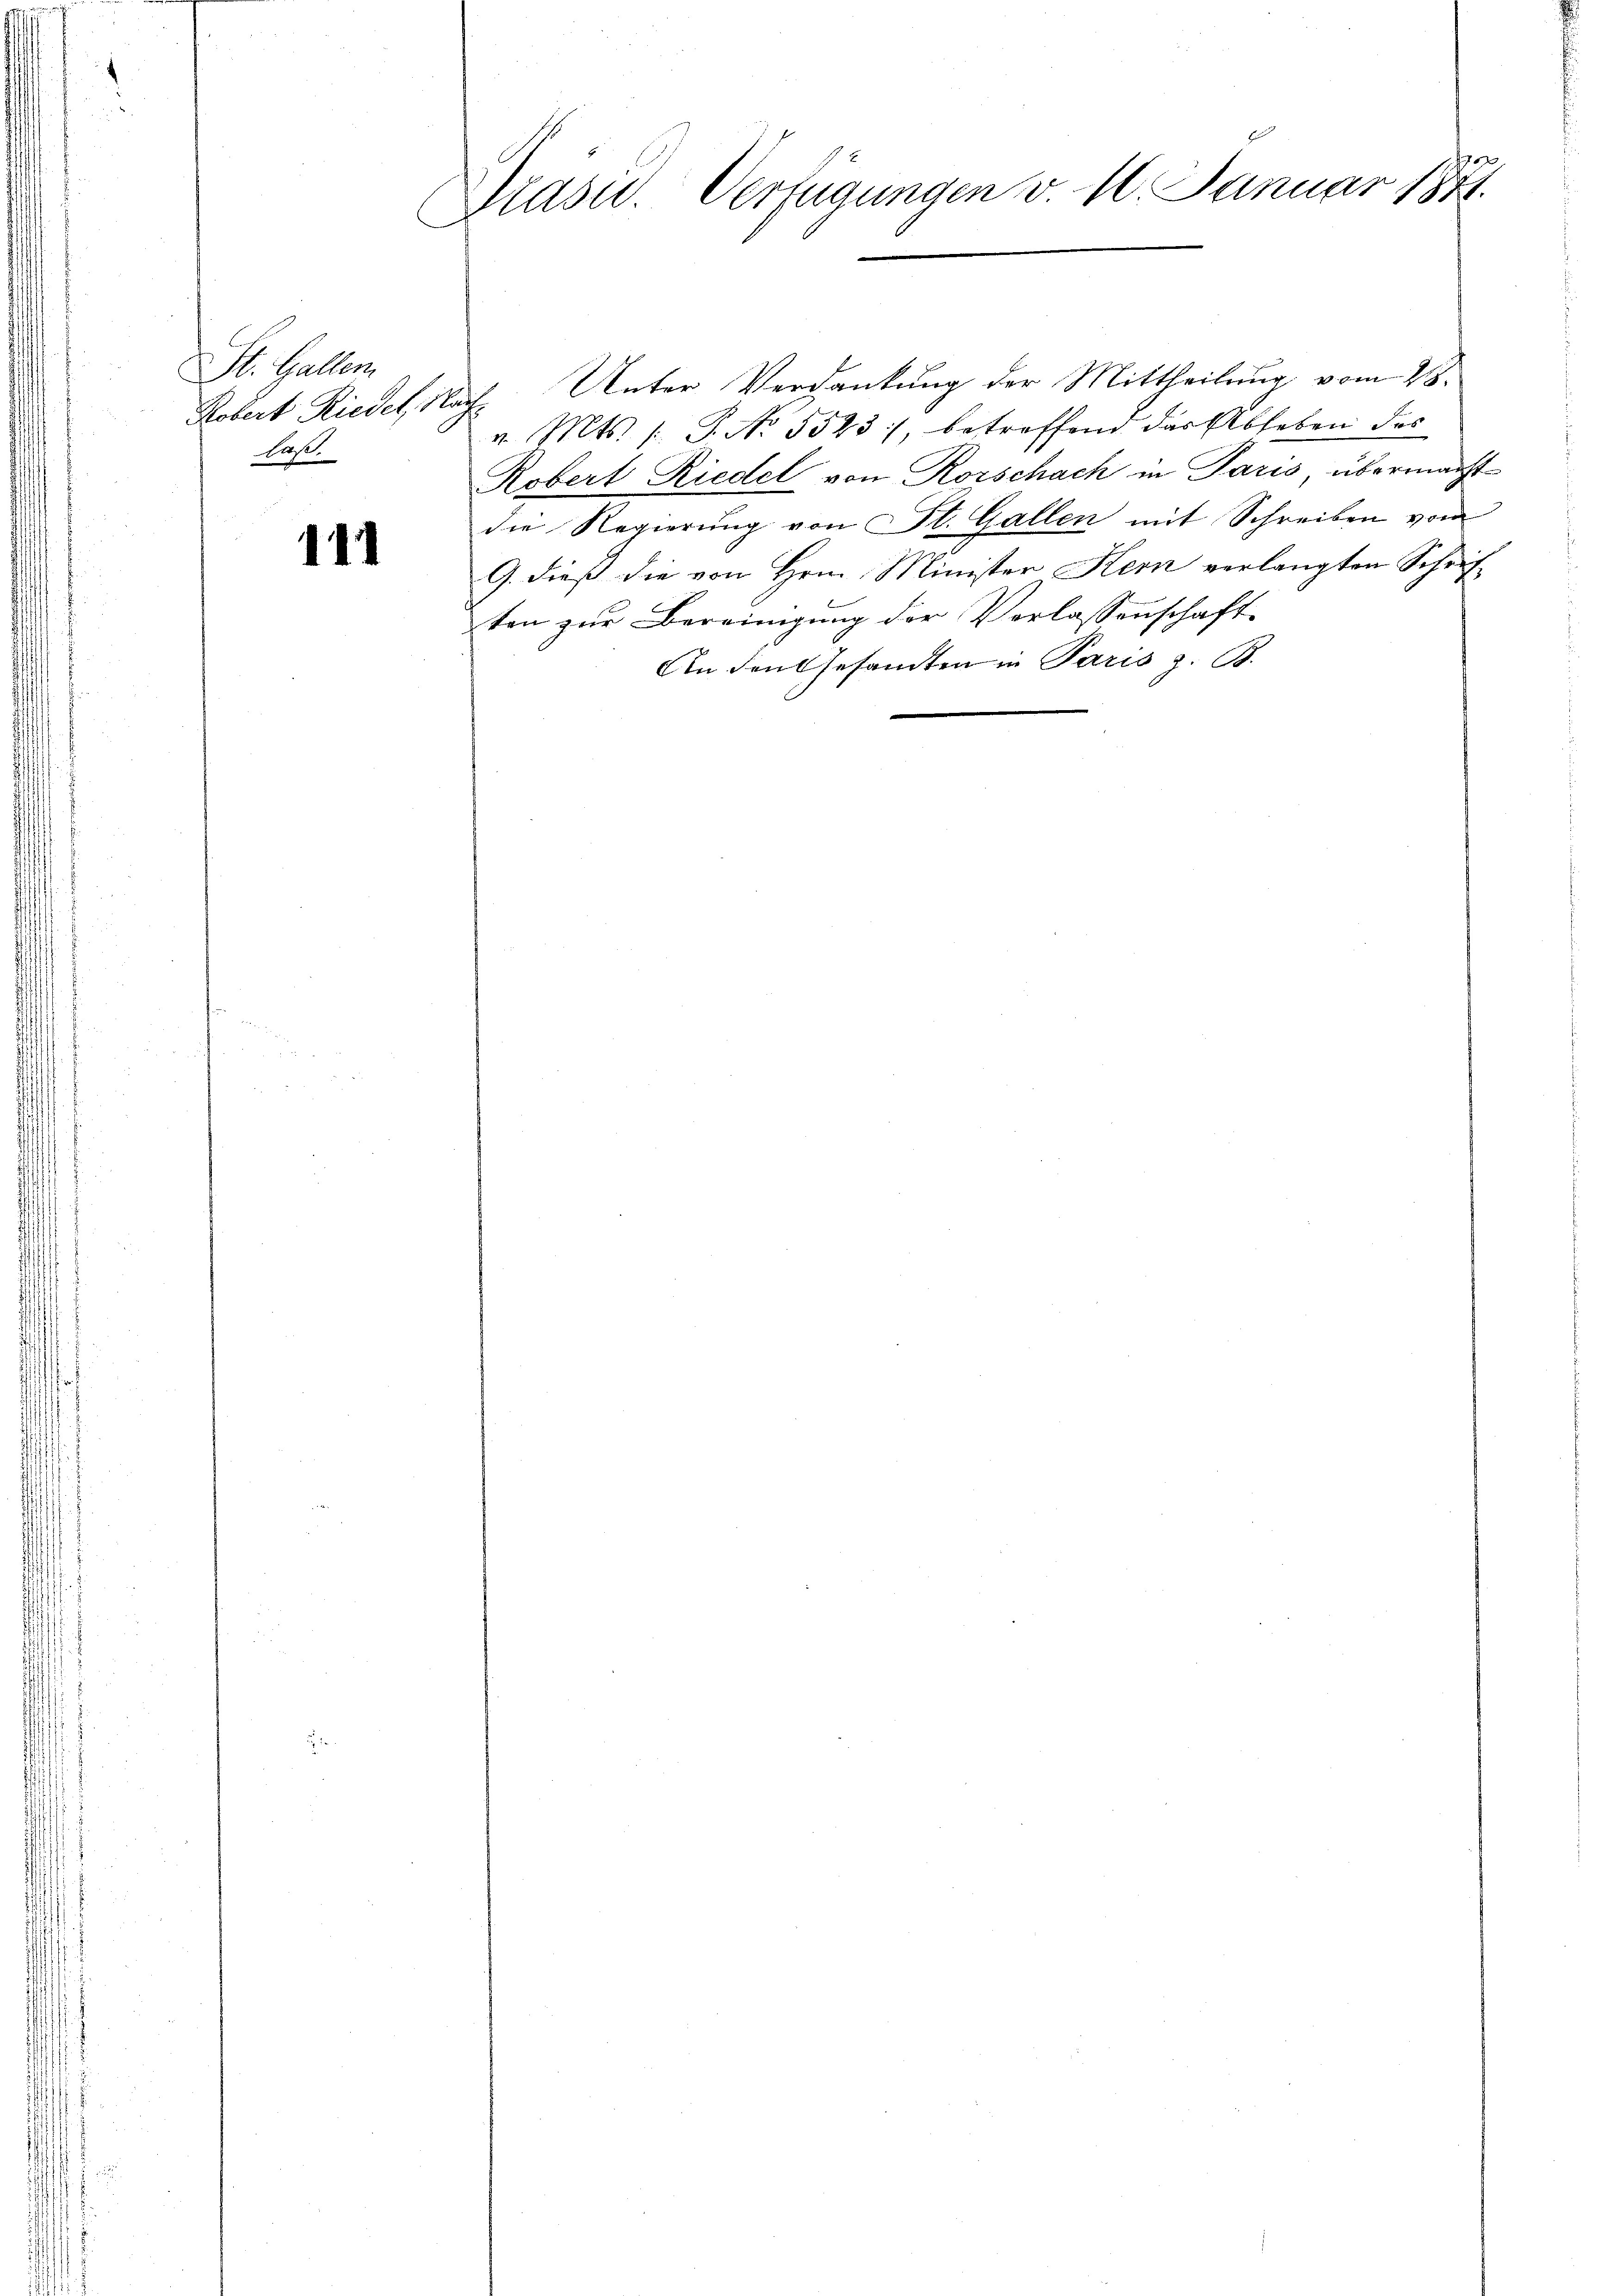
St. Gallen.
laß.

411

Grasw. Verfügungen v. 10. Januar 1841.

700

Kobert Riedel, Nach Unter Verdankung der Mittheilung vom 28.
v. Mts. /: J. No. 5523), betreffend das Abheben des
Robert Riedel von Rorschach in Paris, übermacht
die Regierung von St. Gallen mit Schreiben vom
G. dieß die von Hrn. Minister Kern verlangten Schriften zur Bereinigung der Verlassenschaft
An den Gesandten in Paris z. B.